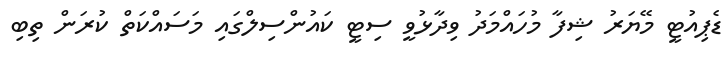
ޑެޕިއުޓީ މޭޔަރު ޝިފާ މުހައްމަދު ވިދާޅުވީ ސިޓީ ކައުންސިލްގައި މަސައްކަތް ކުރަން ތިބި